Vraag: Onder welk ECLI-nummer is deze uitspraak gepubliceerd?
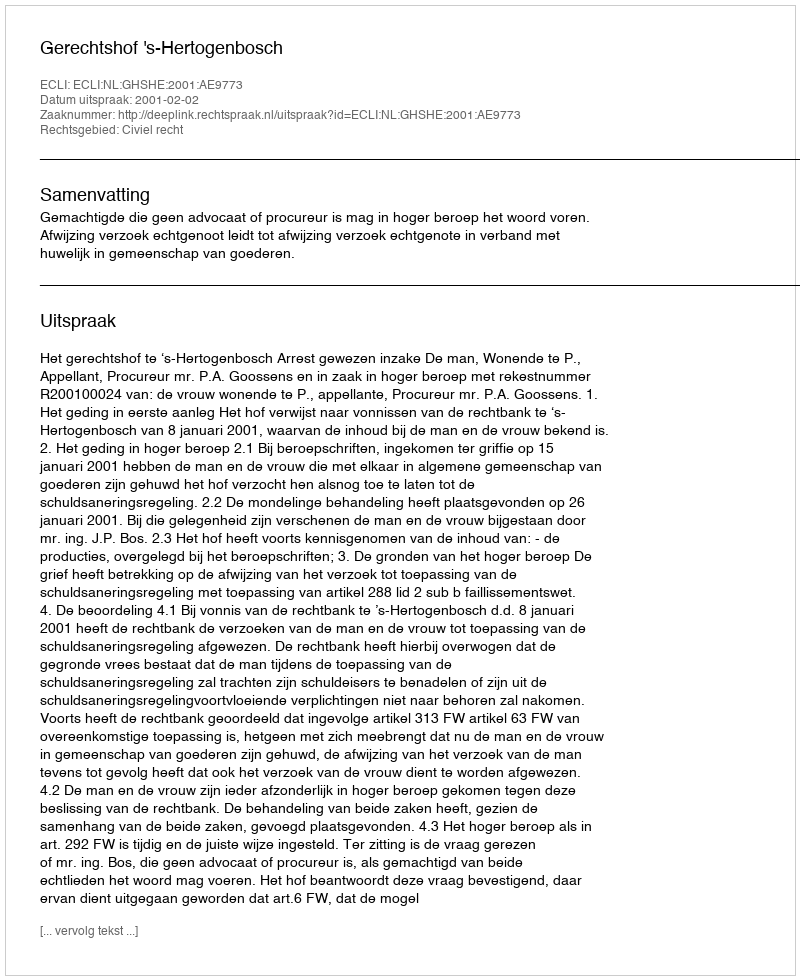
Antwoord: ECLI:NL:GHSHE:2001:AE9773